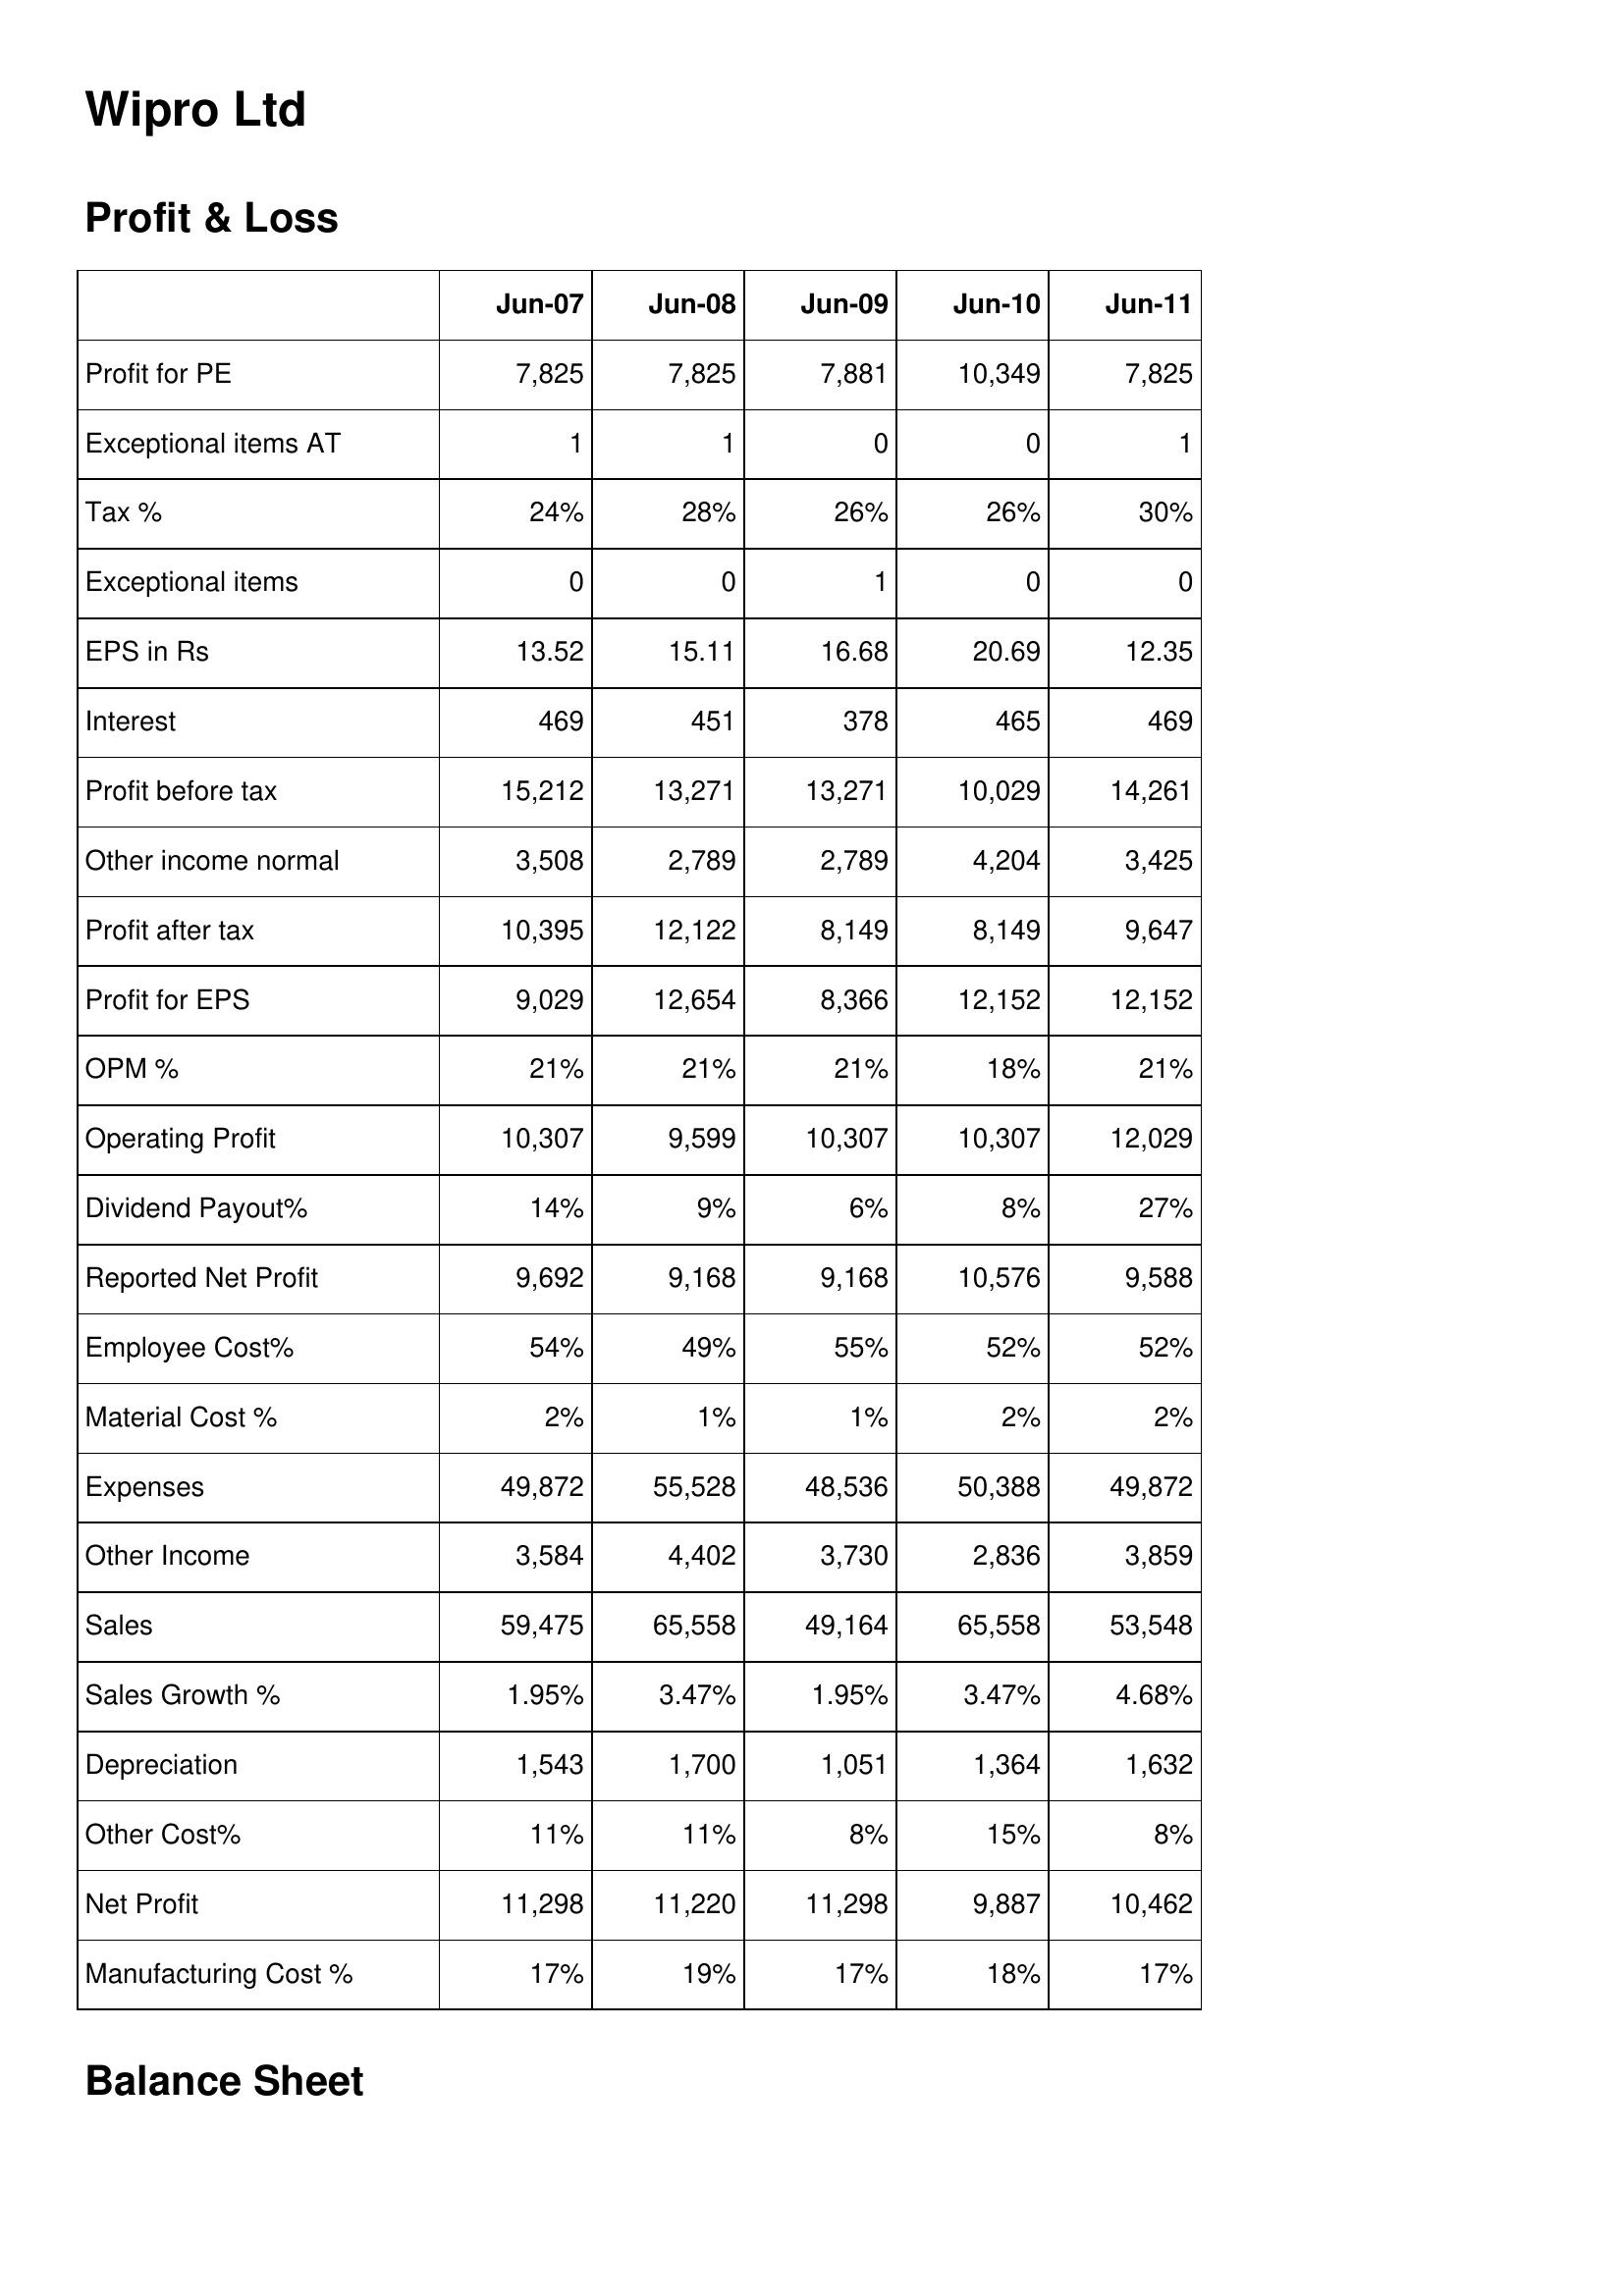
Jun-07: Profit & Loss: Profit for PE: 7,825
Exceptional items AT: 1
Tax %: 24%
Exceptional items: 0
EPS in Rs: 13.52
Interest: 469
Profit before tax: 15,212
Other income normal: 3,508
Profit after tax: 10,395
Profit for EPS: 9,029
OPM %: 21%
Operating Profit: 10,307
Dividend Payout%: 14%
Reported Net Profit: 9,692
Employee Cost%: 54%
Material Cost %: 2%
Expenses: 49,872
Other Income: 3,584
Sales: 59,475
Sales Growth %: 1.95%
Depreciation: 1,543
Other Cost%: 11%
Net Profit: 11,298
Manufacturing Cost %: 17%
Jun-08: Profit & Loss: Profit for PE: 7,825
Exceptional items AT: 1
Tax %: 28%
Exceptional items: 0
EPS in Rs: 15.11
Interest: 451
Profit before tax: 13,271
Other income normal: 2,789
Profit after tax: 12,122
Profit for EPS: 12,654
OPM %: 21%
Operating Profit: 9,599
Dividend Payout%: 9%
Reported Net Profit: 9,168
Employee Cost%: 49%
Material Cost %: 1%
Expenses: 55,528
Other Income: 4,402
Sales: 65,558
Sales Growth %: 3.47%
Depreciation: 1,700
Other Cost%: 11%
Net Profit: 11,220
Manufacturing Cost %: 19%
Jun-09: Profit & Loss: Profit for PE: 7,881
Exceptional items AT: 0
Tax %: 26%
Exceptional items: 1
EPS in Rs: 16.68
Interest: 378
Profit before tax: 13,271
Other income normal: 2,789
Profit after tax: 8,149
Profit for EPS: 8,366
OPM %: 21%
Operating Profit: 10,307
Dividend Payout%: 6%
Reported Net Profit: 9,168
Employee Cost%: 55%
Material Cost %: 1%
Expenses: 48,536
Other Income: 3,730
Sales: 49,164
Sales Growth %: 1.95%
Depreciation: 1,051
Other Cost%: 8%
Net Profit: 11,298
Manufacturing Cost %: 17%
Jun-10: Profit & Loss: Profit for PE: 10,349
Exceptional items AT: 0
Tax %: 26%
Exceptional items: 0
EPS in Rs: 20.69
Interest: 465
Profit before tax: 10,029
Other income normal: 4,204
Profit after tax: 8,149
Profit for EPS: 12,152
OPM %: 18%
Operating Profit: 10,307
Dividend Payout%: 8%
Reported Net Profit: 10,576
Employee Cost%: 52%
Material Cost %: 2%
Expenses: 50,388
Other Income: 2,836
Sales: 65,558
Sales Growth %: 3.47%
Depreciation: 1,364
Other Cost%: 15%
Net Profit: 9,887
Manufacturing Cost %: 18%
Jun-11: Profit & Loss: Profit for PE: 7,825
Exceptional items AT: 1
Tax %: 30%
Exceptional items: 0
EPS in Rs: 12.35
Interest: 469
Profit before tax: 14,261
Other income normal: 3,425
Profit after tax: 9,647
Profit for EPS: 12,152
OPM %: 21%
Operating Profit: 12,029
Dividend Payout%: 27%
Reported Net Profit: 9,588
Employee Cost%: 52%
Material Cost %: 2%
Expenses: 49,872
Other Income: 3,859
Sales: 53,548
Sales Growth %: 4.68%
Depreciation: 1,632
Other Cost%: 8%
Net Profit: 10,462
Manufacturing Cost %: 17%